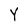
Character: Y